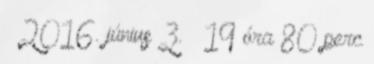
– 2016. június 3. – 19 óra 80 perc